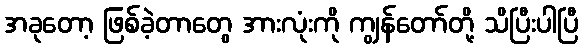
အခုတော့ ဖြစ်ခဲ့တာတွေ အားလုံးကို ကျွန်တော်တို့ သိပြီးပါပြီ